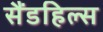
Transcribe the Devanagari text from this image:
सैंडहिल्स